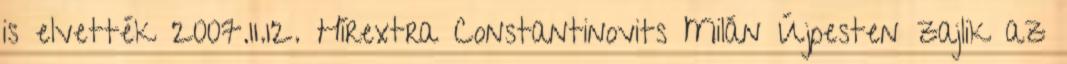
is elvették 2007.11.12. Hírextra Constantinovits Milán Újpesten zajlik az